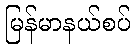
မြန်မာနယ်စပ်